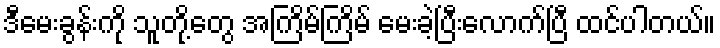
ဒီမေးခွန်းကို သူတို့တွေ အကြိမ်ကြိမ် မေးခဲ့ပြီးလောက်ပြီ ထင်ပါတယ်။